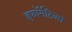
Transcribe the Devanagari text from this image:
इंफॉर्मेटिक्स